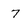
Character: 7